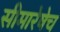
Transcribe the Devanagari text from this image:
सीमारेषेच